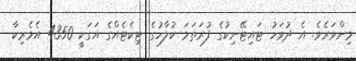
މިންވަރެވެ. އެ ދުވަހު ޓައިޓޭނިކުގެ ފުރަތަމަ ކުލާހުގެ ޓިކެޓެއްގެ އަގަކީ 4350 އެމެރިކާ